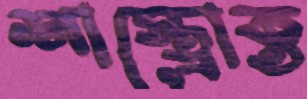
শাস্ত্রোক্ত